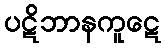
ပဋိဘာနကူဋေ